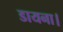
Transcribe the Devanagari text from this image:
डायना।